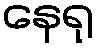
နေရု